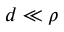
d \ll \rho